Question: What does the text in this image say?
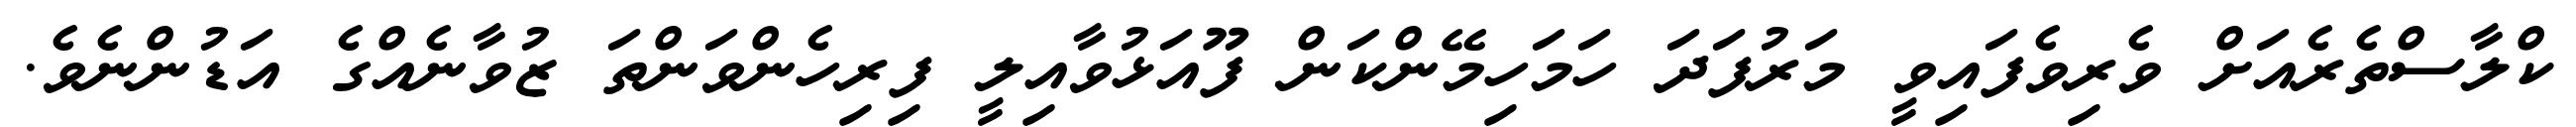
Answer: ކްލާސްތެރެއަށް ވެރިވެފައިވީ މަރުފަދަ ހަމަހިމޭންކަން ފޫއަޅުވާއިލީ ފިރިހެންވަންތަ ޒުވާނެއްގެ އަޑުންނެވެ.